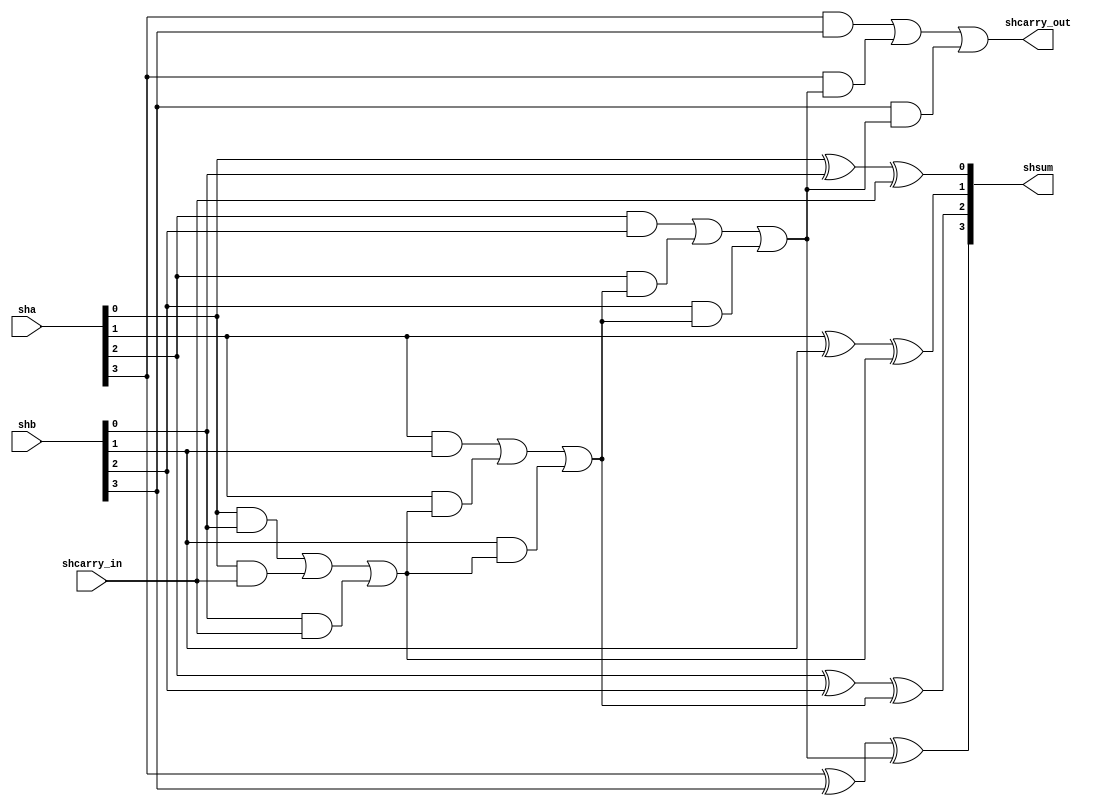
// Copyright 2003 Star Galaxy Publishing

module four_bit_adder (sha, shb, shcarry_in, shsum, shcarry_out);
  input [3:0] sha, shb;
  input       shcarry_in;

  output [3:0] shsum;
  reg [3:0]    shsum;
  output       shcarry_out;
  reg          shcarry_out;

  integer      j;
  reg [4:0]    tcarry;

  task one_bit_adder;
    input  a, b, cin;
    output sum, cout;
  begin
    sum = a ^ b ^ cin;
    cout = (a & b) | (a & cin) | (b & cin); 
  end
  endtask

  always @(sha or shb or shcarry_in) begin
    tcarry[0] = shcarry_in;

    for (j=0; j <4; j=j+1) 
      one_bit_adder (sha[j], shb[j], tcarry[j], shsum[j], tcarry[j+1]);

    shcarry_out = tcarry[4];
  end
endmodule